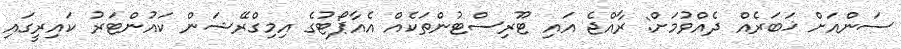
ސަންއަށް ޚަބަރެއް ދެއްވުމަށް: ރާއްޖެ އައި ޓޫރިސްޓުންތަކެއް އެއާޕޯޓުގެ އިމިގްރޭޝަން ކައުންޓަރު ކައިރީގައި